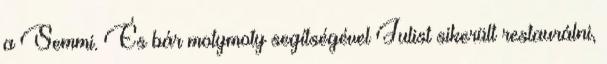
a Semmi. És bár motymoty segítségével Julist sikerült restaurálni,